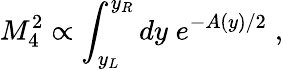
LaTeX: M_{4}^{2}\propto\int_{y_{L}}^{y_{R}}dy\; e^{-A(y)/2}\; ,